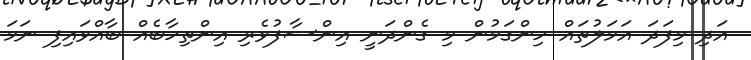
އަދި މިފަދަ އަމަލުތައް ހިންގަމުން މި ގެންދަނީ އިންސާފުވެރި އިންތިހާބެއް ބާއްވައިފި ނަމަ